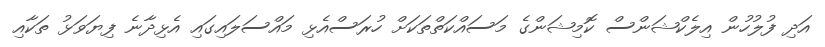
އަދި ފުލުހުން އިލެކްޝަންސް ކޮމިޝަންގެ މަސައްކަތްތަކަށް ހުރަސްއެޅި މައްސަލައިގައި އެޅިދާނެ ފިޔަވަޅު ތަކާއި